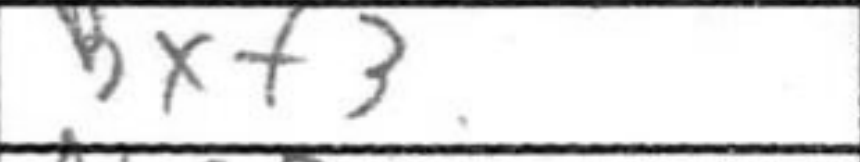
Transcription: Bxf3